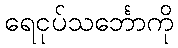
ရေငုပ်သင်္ဘောကို